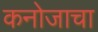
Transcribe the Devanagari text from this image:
कनोजाचा